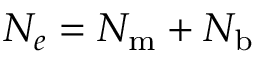
N _ { e } = N _ { \mathrm { m } } + N _ { \mathrm { b } }